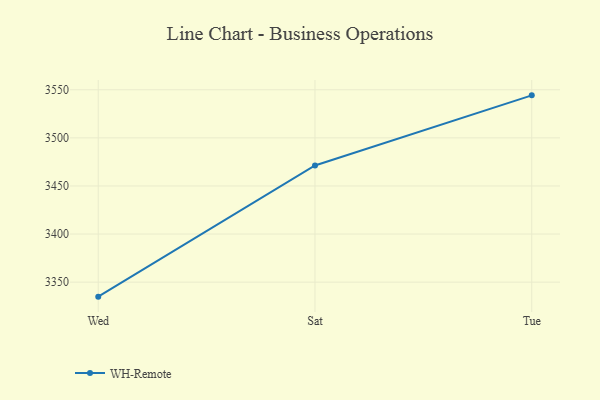
{"axis": {"x": "Day", "y": "Satisfaction Score"}, "legend": ["WH-Remote"], "data": [{"x": "Wed", "y": 3334.9, "type": "WH-Remote"}, {"x": "Sat", "y": 3471.3, "type": "WH-Remote"}, {"x": "Tue", "y": 3544.2, "type": "WH-Remote"}]}